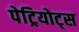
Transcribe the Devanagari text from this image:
पेट्रियोट्स